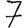
Digit: 7